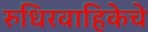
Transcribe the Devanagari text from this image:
रुधिरवाहिकेचे